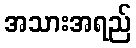
အသားအရည်